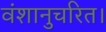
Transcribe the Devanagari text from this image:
वंशानुचरित।